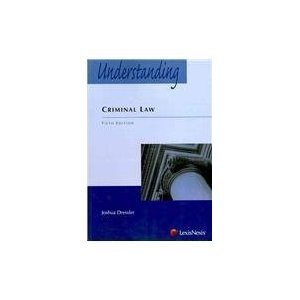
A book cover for Understanding Criminal Law; Joshua Dressler; Law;